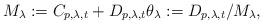
\begin{align*} M_{\lambda}: =C_{p,\lambda,t} + D_{p,\lambda,t} \theta_{\lambda} :=D_{p,\lambda,t}/M_{\lambda}, \end{align*}